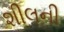
શીલની